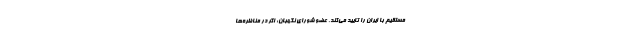
مستقیم با ایران را تایید می‌کند. عضو شورای نگهبان: اگر در مناظره‌ها